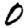
Digit: 0